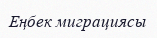
Еңбек миграциясы